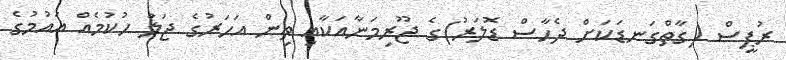
ރުޕީސް (ގާތްގަނޑަކަށް ދެހާސް ޑޮލަރު)ގެ ޖޫރިމަނާއަކާއި ތިން އަހަރުގެ ޖަލު ހުކުމެއް އައުމުގެ